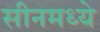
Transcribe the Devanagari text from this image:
सीनमध्ये